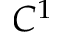
C ^ { 1 }